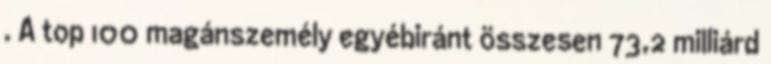
. A top 100 magánszemély egyébiránt összesen 73,2 milliárd